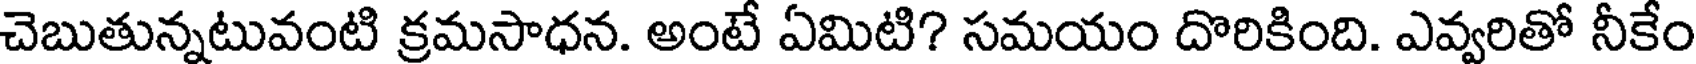
చెబుతున్నటువంటి క్రమసాధన. అంటే ఏమిటి? సమయం దొరికింది. ఎవ్వరితో నీకేం